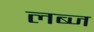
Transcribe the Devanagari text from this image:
लब्ज